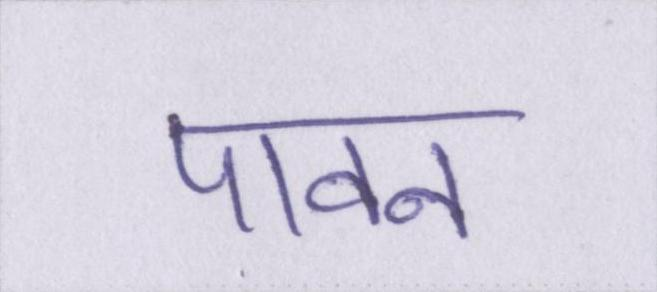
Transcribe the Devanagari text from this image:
पावन